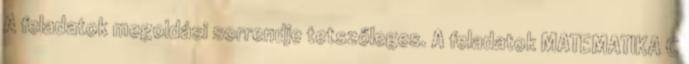
A feladatok megoldási sorrendje tetszőleges. A feladatok MATEMATIKA C